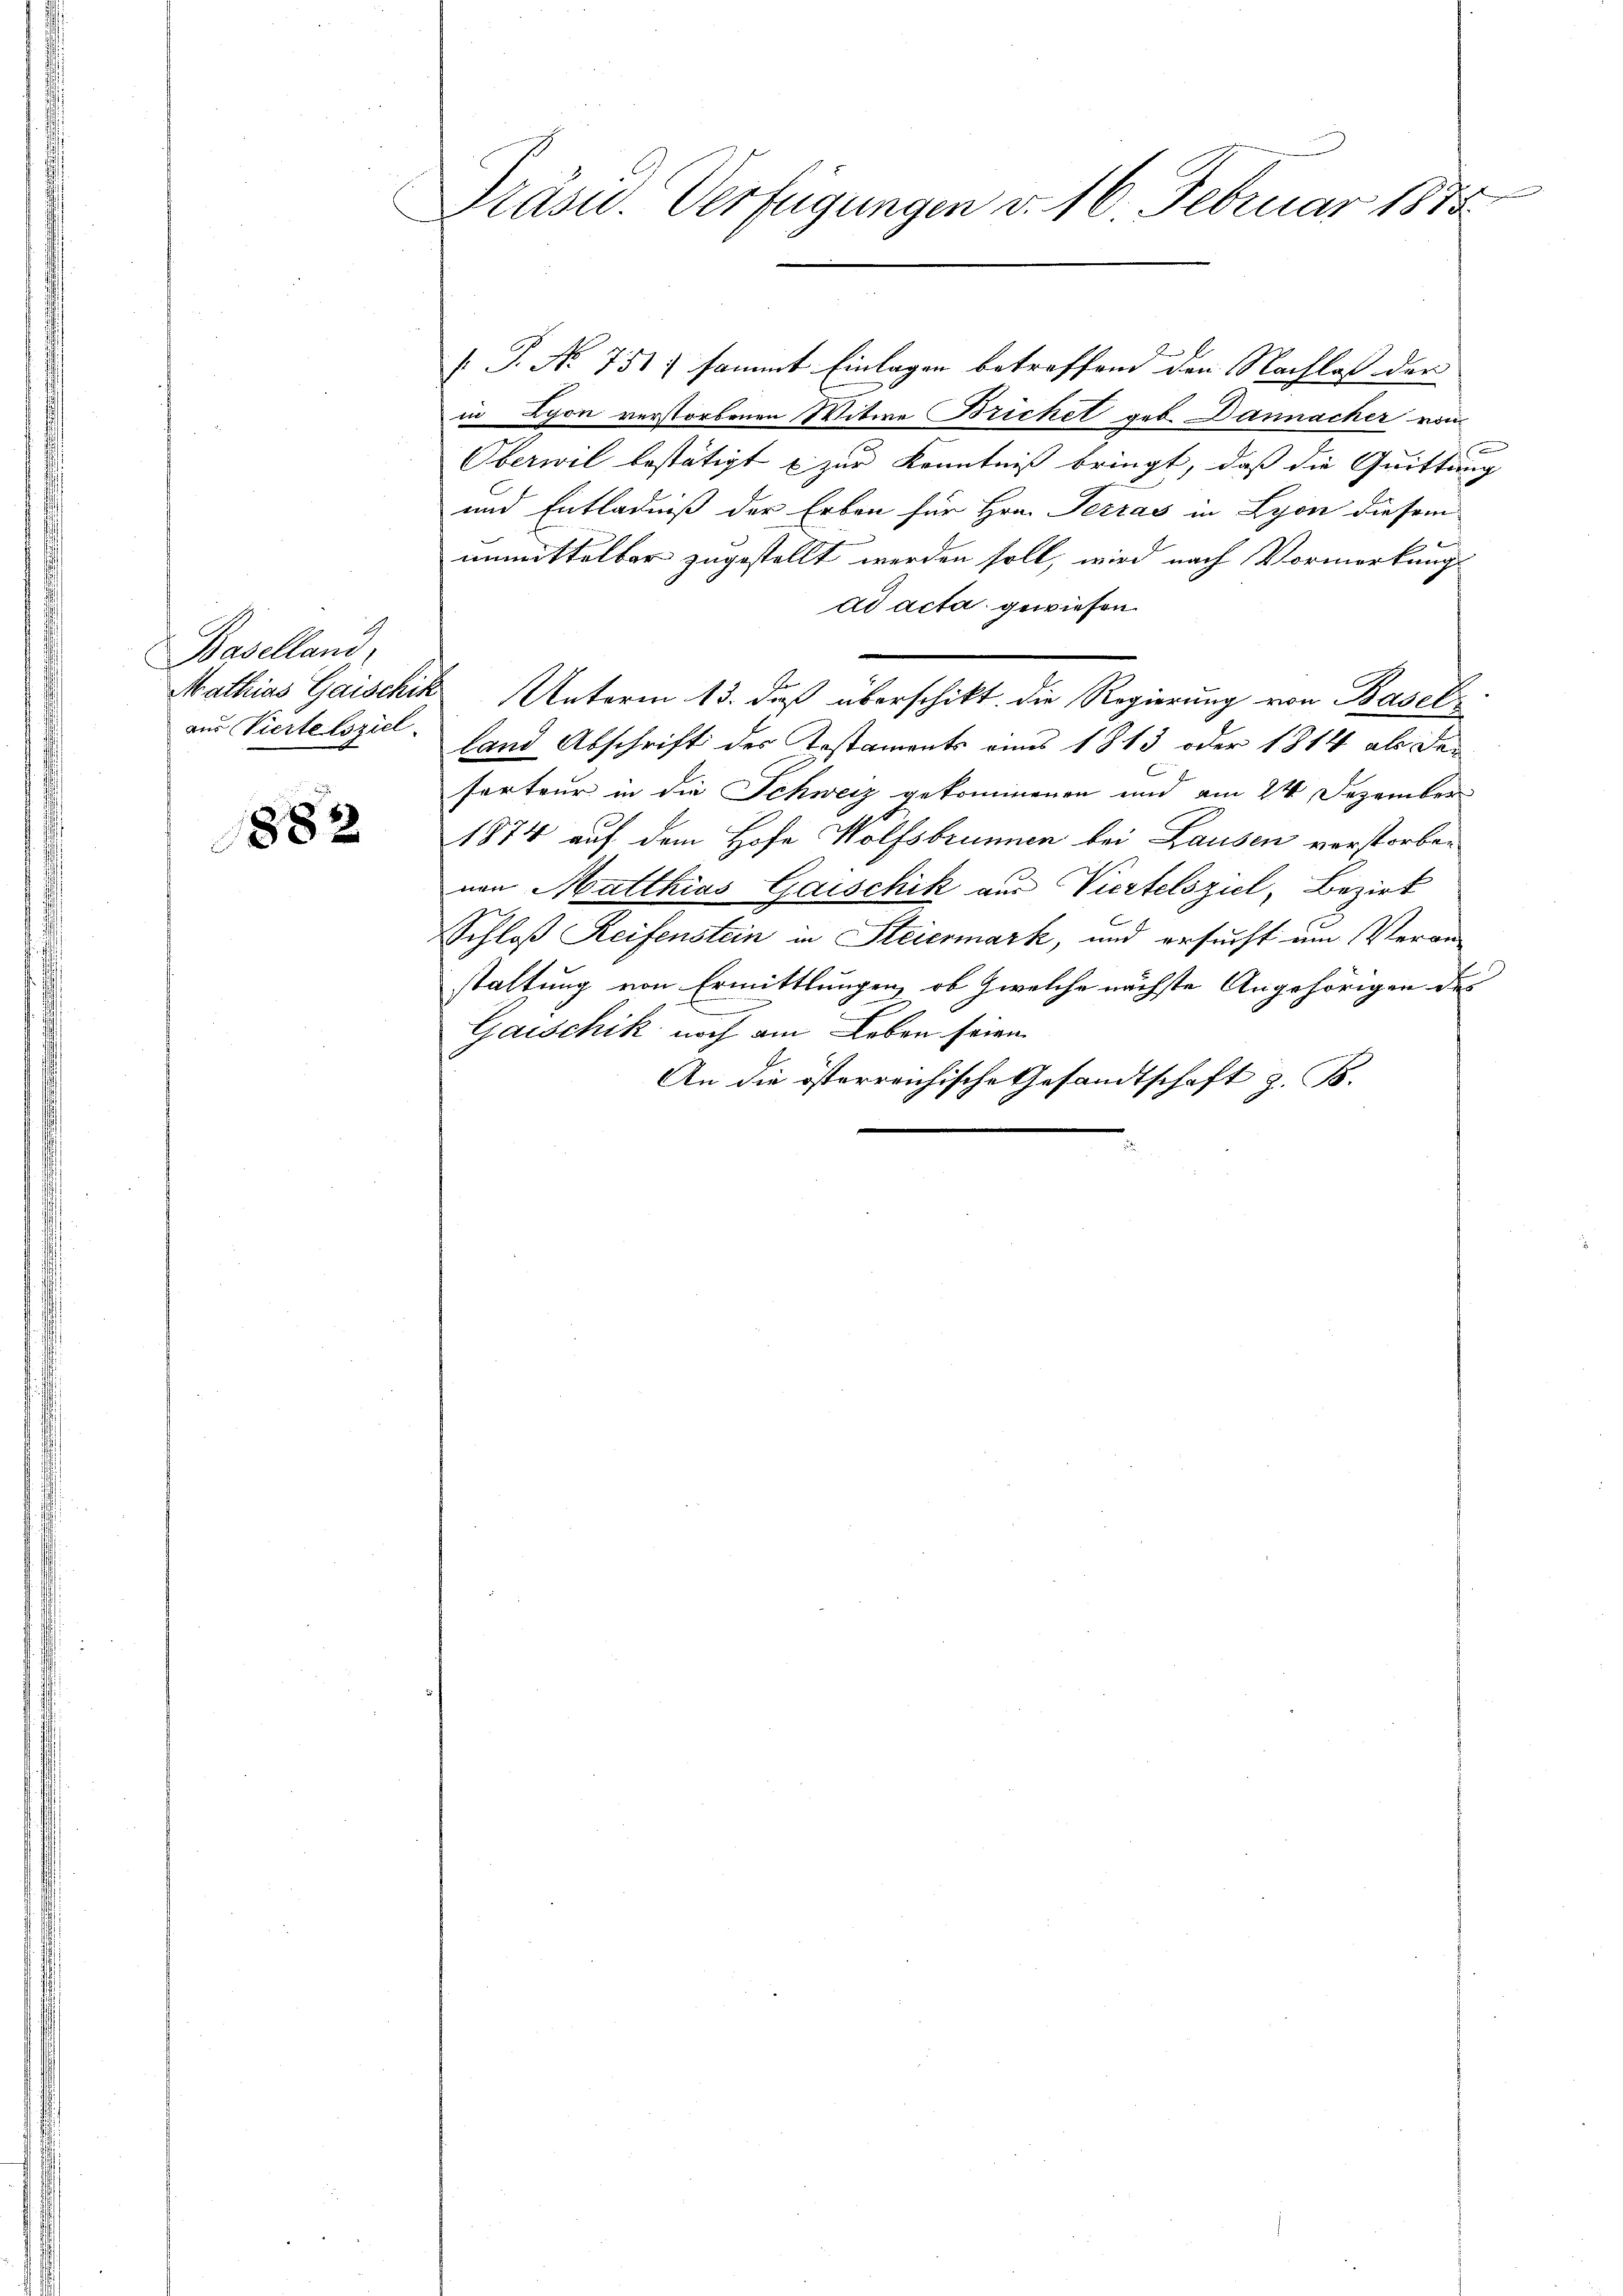
Baselland,
aus Vierte Esziel

1882

Präsid. Verfügungen v. 16. Februar 1885.

[P. Nr. 751, sammt Einlagen betreffend den Nachlaß der
in Lyon verstorbenen Witwe Brichel geb. Dannacher vom
Oberwil bestätigt & zur Kenntniß bringt, daß die Quittung
und Entladniß der Erben für Hrn. Terras in Lyon diesem
unmittelbar zugestellt werden soll, wird nach Vormerkung
ad acta gewiesen.
Mathias Gaischik Unterm 13. daß überschikt. Die Regierung von Basels
land Abschrift der Testaments eins 1813 oder 1814 als den
serteur in die Schweiz gekommenen und am 24. Dezember
1874 auf dem Hofe Wolfsbrunnen bei Lausen verstorbenen Matthias Gaischik aus Viertelsziel, Bezirk
Schloß Reifenstein in Steiermark, und ersucht um Veran
staltung von Ermittlungen, ob zwelche nächste Angehörigen des
Gaischik noch am Leben seien.
An die österreichische Gesandtschaft z. B.